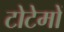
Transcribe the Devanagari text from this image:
टोटेमों